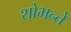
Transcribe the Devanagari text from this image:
शोभन्ते